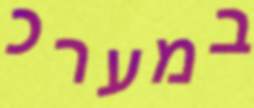
במערכ